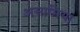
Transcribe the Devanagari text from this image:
असामियां